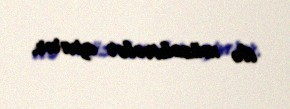
ilə müzakirələr aparır.